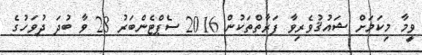
ވީމާ މިކަމަށް ޝައުޤުވެރިވާ ފަރާތްތަކުން 2016 ސެޕްޓެންބަރު 28 ވާ ބުދަ ދުވަހުގެ